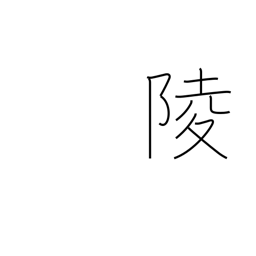
Meaning: imperial tomb